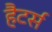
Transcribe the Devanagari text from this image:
हैटर्स